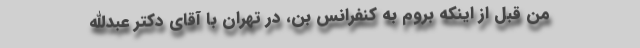
من قبل از اینکه بروم به کنفرانس بن، در تهران با آقای دکتر عبدالله